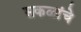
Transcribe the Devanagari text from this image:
सकळांचे